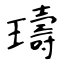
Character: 璹